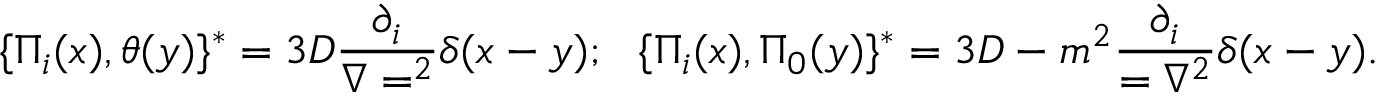
\{ \Pi _ { i } ( x ) , \theta ( y ) \} ^ { * } = 3 D { \frac { \partial _ { i } } { \nabla = ^ { 2 } } } \delta ( x - y ) ; ~ ~ \{ \Pi _ { i } ( x ) , \Pi _ { 0 } ( y ) \} ^ { * } = 3 D - m ^ { 2 } { \frac { \partial _ { i } } { = { \nabla ^ { 2 } } } } \delta ( x - y ) .